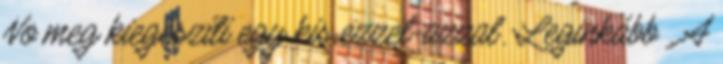
No meg kiegészíti egy kis ezzel-azzal. Leginkább . A